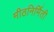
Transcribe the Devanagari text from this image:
मीठनिर्मिती